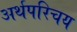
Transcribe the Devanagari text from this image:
अर्थपरिचय